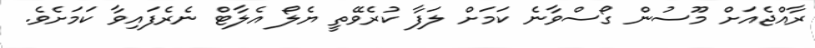
ރާއްޖެއަށް މޫސުން ގޯސްވާނެ ކަމަށް ލަފާ ކުރެވޭތީ ޔެލޯ އެލާޓް ނެރެފައިވާ ކަމަށެވެ.